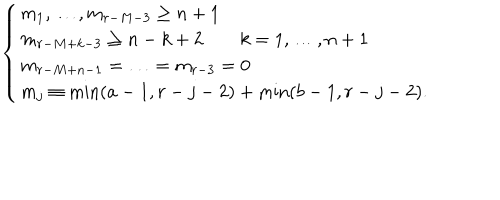
\left\{ \begin{array} { l } { { m _ { 1 } , \ldots , m _ { r - M - 3 } \geq n + 1 } } \\ { { m _ { r - M + k - 3 } \geq n - k + 2 \qquad k = 1 , \ldots , n + 1 } } \\ { { m _ { r - M + n - 1 } = \ldots = m _ { r - 3 } = 0 } } \\ { { m _ { j } \equiv \min ( a - 1 , r - j - 2 ) + \min ( b - 1 , r - j - 2 ) . } } \\ \end{array} \right.